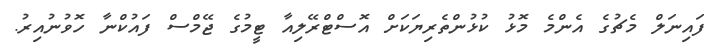
ފައިނަލް މެޗުގެ އެންމެ މޮޅު ކުޅުންތެރިޔަކަށް އޮސްޓްރޭލިއާ ޓީމުގެ ޖޭމްސް ފައުކްނާ ހޮވުނުއިރު.